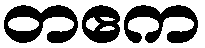
တဧက